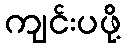
ကျင်းပဖို့